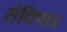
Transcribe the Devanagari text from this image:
संधिपात्र